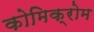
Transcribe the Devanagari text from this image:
कोमिक्रोम